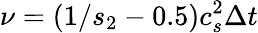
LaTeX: \nu=(1/{s_{2}}-0.5)c_{s}^{2}\Delta t